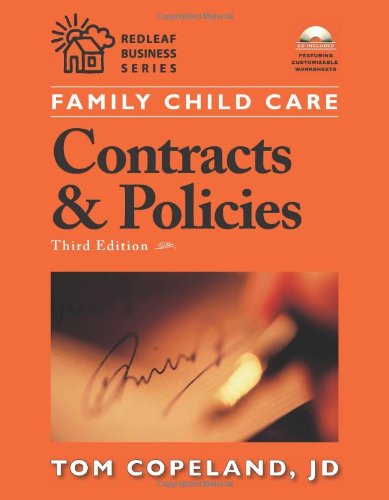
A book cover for Family Child Care Contracts and Policies, Third Edition: How to Be Businesslike in a Caring Profession (Redleaf Press Business Series); Tom Copeland; Business & Money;